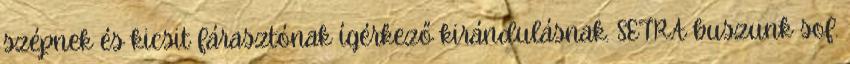
szépnek és kicsit fárasztónak ígérkező kirándulásnak. SETRA buszunk sof.